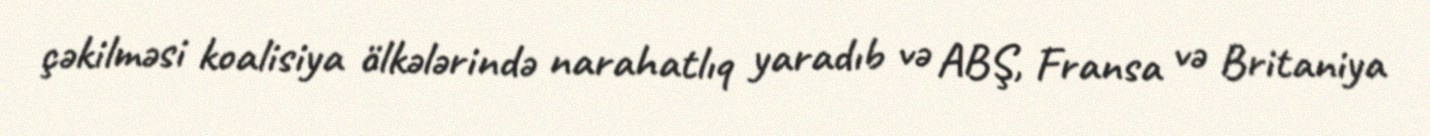
çəkilməsi koalisiya ölkələrində narahatlıq yaradıb və ABŞ, Fransa və Britaniya